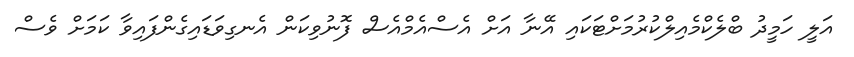
އަލީ ހަމީދު ބްލެކްމެއިލްކުރުމަށްޓަކައި އޭނާ އަށް އެސްއެމްއެސް ފޮނުވިކަން އެނގިވަޑައިގެންފައިވާ ކަމަށް ވެސް